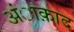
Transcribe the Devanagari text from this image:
अंाक़ाद